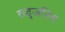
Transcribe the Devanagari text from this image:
तद्जनित